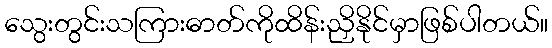
သွေးတွင်းသကြားဓာတ်ကိုထိန်းညှိနိုင်မှာဖြစ်ပါတယ်။